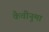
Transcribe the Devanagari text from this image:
कैचीनुमा